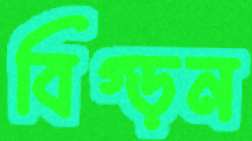
বিগ্‌ড়ন